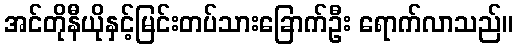
အင်တိုနီယိုနှင့်မြင်းတပ်သားခြောက်ဦး ရောက်လာသည်။